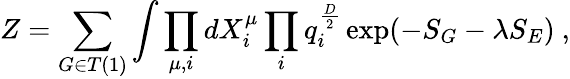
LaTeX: Z=\sum_{G\in T(1)}\int\prod_{\mu,i}dX_{i}^{\mu}\prod_{i}q_{i}^{\frac{D}{2}}\exp(-S_{G}-\lambda S_{E})\ ,